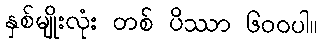
နှစ်မျိုးလုံး တစ် ပိဿာ ၆၀၀ပါ။